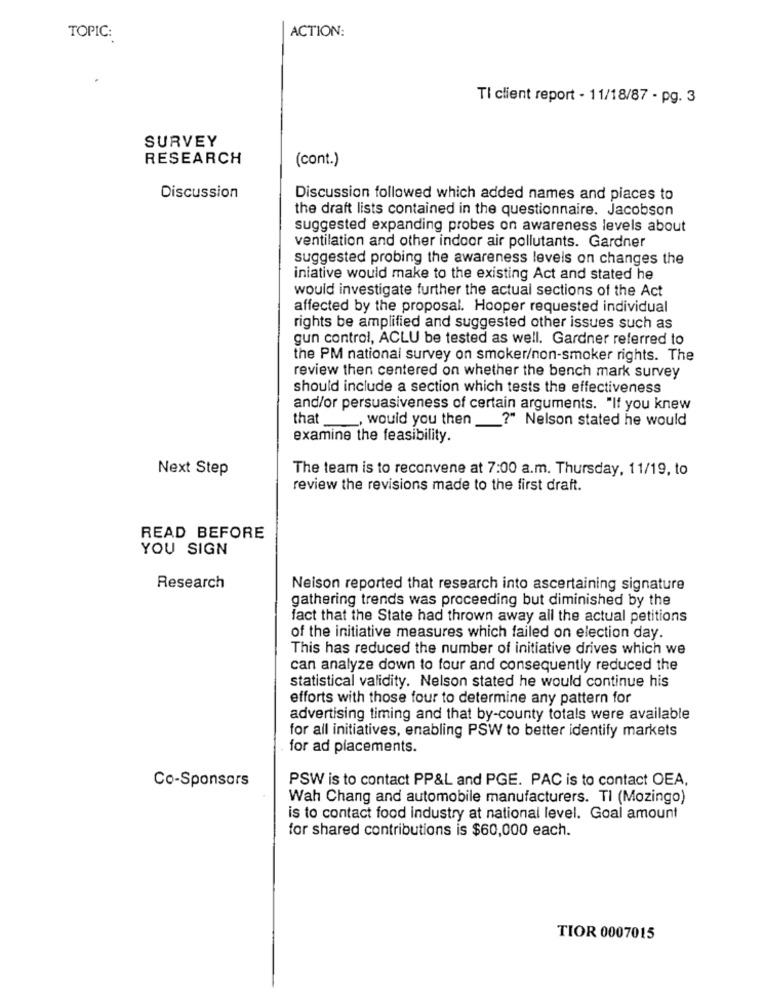
ACTION:
TOPIC:
TI client report - 11/18/87 - pg. 3
SURVEY
RESEARCH
(cont.)
Discussion
Discussion followed which added names and places to
the draft lists contained in the questionnaire. Jacobson
suggested expanding probes on awareness levels about
ventilation and other indoor air pollutants. Gardner
suggested probing the awareness levels on changes the
iniative would make to the existing Act and stated he
would investigate further the actual sections of the Act
affected by the proposal. Hooper requested individual
rights be amplified and suggested other issues such as
gun control, ACLU be tested as well. Gardner referred to
the PM national survey on smoker/non-smoker rights. The
review then centered on whether the bench mark survey
should include a section which tests the effectiveness
and/or persuasiveness of certain arguments. "If you knew
that ___, would you then __? " Nelson stated he would
examine the feasibility.
Next Step
The team is to reconvene at 7:00 a.m. Thursday, 11/19, to
review the revisions made to the first draft.
READ BEFORE
YOU SIGN
Research
Neison reported that research into ascertaining signature
gathering trends was proceeding but diminished by the
fact that the State had thrown away all the actual petitions
of the initiative measures which failed on election day.
This has reduced the number of initiative drives which we
can analyze down to four and consequently reduced the
statistical validity. Nelson stated he would continue his
efforts with those four to determine any pattern for
advertising timing and that by-county totals were available
for all initiatives, enabling PSW to better identify markets
for ad placements.
PSW is to contact PP&L and PGE. PAC is to contact OEA,
Co-Sponsors
Wah Chang and automobile manufacturers. TI (Mozingo)
is to contact food industry at national level. Goal amount
for shared contributions is $60,000 each.
TIOR 0007015